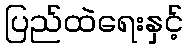
ပြည်ထဲရေးနှင့်